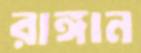
রাঙ্গান